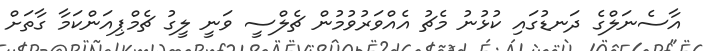
އާސެނަލްގެ ދަނޑުގައި ކުޅުނު މެޗު އެއްވަރުވުމުން ޗެލްސީ ވަނީ ލީގު ޗެމްޕިއަންކަމާ ގާތަށް